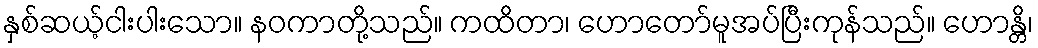
နှစ်ဆယ့်ငါးပါးသော။ နဝကာတို့သည်။ ကထိတာ၊ ဟောတော်မူအပ်ပြီးကုန်သည်။ ဟောန္တိ၊